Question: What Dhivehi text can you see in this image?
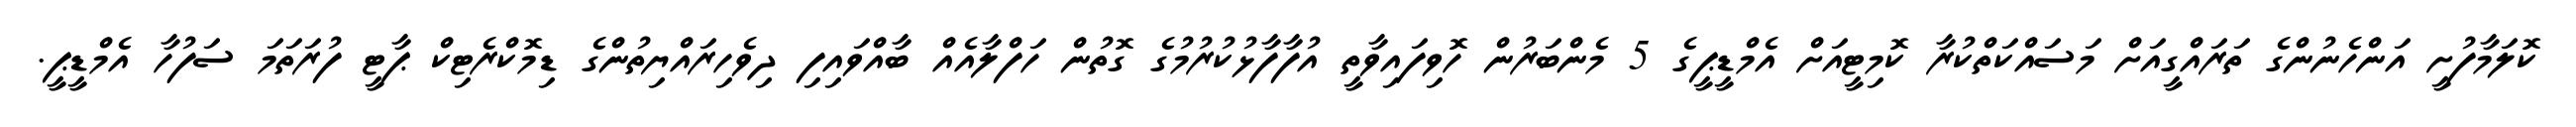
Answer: ކޮލަމާފުށީ އަންހެނުންގެ ތަރައްގީއަށް މަސައްކަތްކުރާ ކޮމިޓީއަށް އެމްޑީޕީގެ 5 މެންބަރުން ހޮވިފައިވާތީ އުފާފާޅުކުރުމުގެ ގޮތުން ހަފްލާއެއް ބާއްވައިފި ދިވެހިރައްޔިތުންގެ ޑިމޮކްރެޓިކް ޕާޓީ ފުރަތަމަ ސަފުހާ އެމްޑީޕީ.